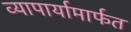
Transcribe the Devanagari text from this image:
व्यापार्यामार्फत